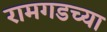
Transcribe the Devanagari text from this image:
रामगडच्या